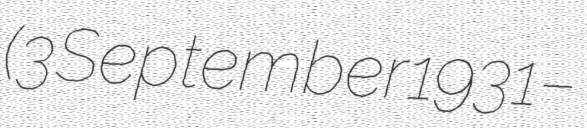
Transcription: (3 September 1931 –